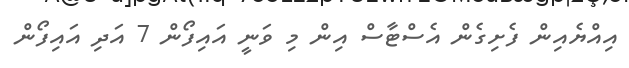
އިއްޔެއިން ފެށިގެން އެސްޓާސް އިން މި ވަނީ އައިފޯން 7 އަދި އައިފޯން